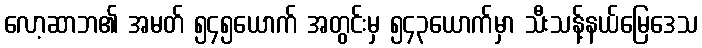
လော့ဆာဘ၏ အမတ် ၅၄၅ယောက် အတွင်းမှ ၅၄၃ယောက်မှာ သီးသန့်နယ်မြေဒေသ